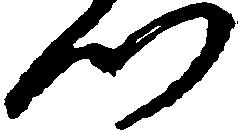
つ